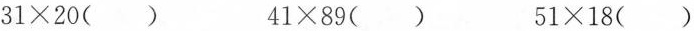
$$31\times 20 （）$$ $$41\times 89（)$$ $$51\times 18（)$$